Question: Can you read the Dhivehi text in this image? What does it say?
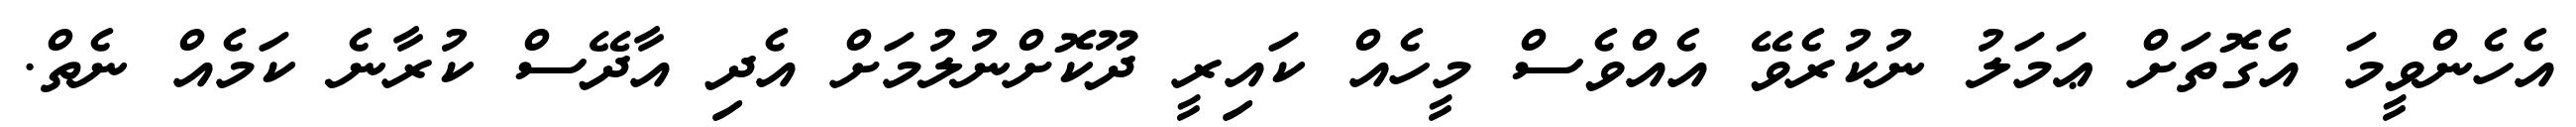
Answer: އެހެންވީމަ އެގޮތަށް ޢަމަލު ނުކުރެވޭ އެއްވެސް މީހެއް ކައިރީ ދޫކޮށްނުލުމަށް އެދި އާދޭސް ކުރާނެ ކަމެއް ނެތް.